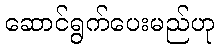
ဆောင်ရွက်ပေးမည်ဟု